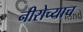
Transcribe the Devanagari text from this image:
नीरोच्याच